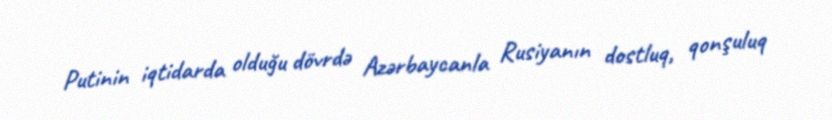
Putinin iqtidarda olduğu dövrdə Azərbaycanla Rusiyanın dostluq, qonşuluq